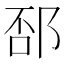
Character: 𨛔